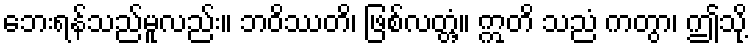
ဘေးရန်သည်မူလည်း။ ဘဝိဿတိ၊ ဖြစ်လတ္တံ့။ ဣတိ သညံ ကတွာ၊ ဤသို့